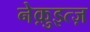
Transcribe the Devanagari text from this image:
नेक़ुइत्ज़